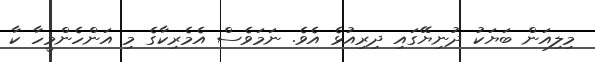
މިލިއަން ބަޔަކު ދުނިޔޭގައި ދިރިއުޅެ އެވެ. ނަމަވެސް އެމެރިކާގެ މި އަންހެންމީހާ ކާ